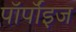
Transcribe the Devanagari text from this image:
पॉर्पॉइज